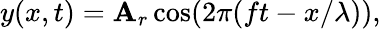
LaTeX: y(x,t)=\mathbf{A}_{r}\cos(2\pi(ft-x/\lambda)),